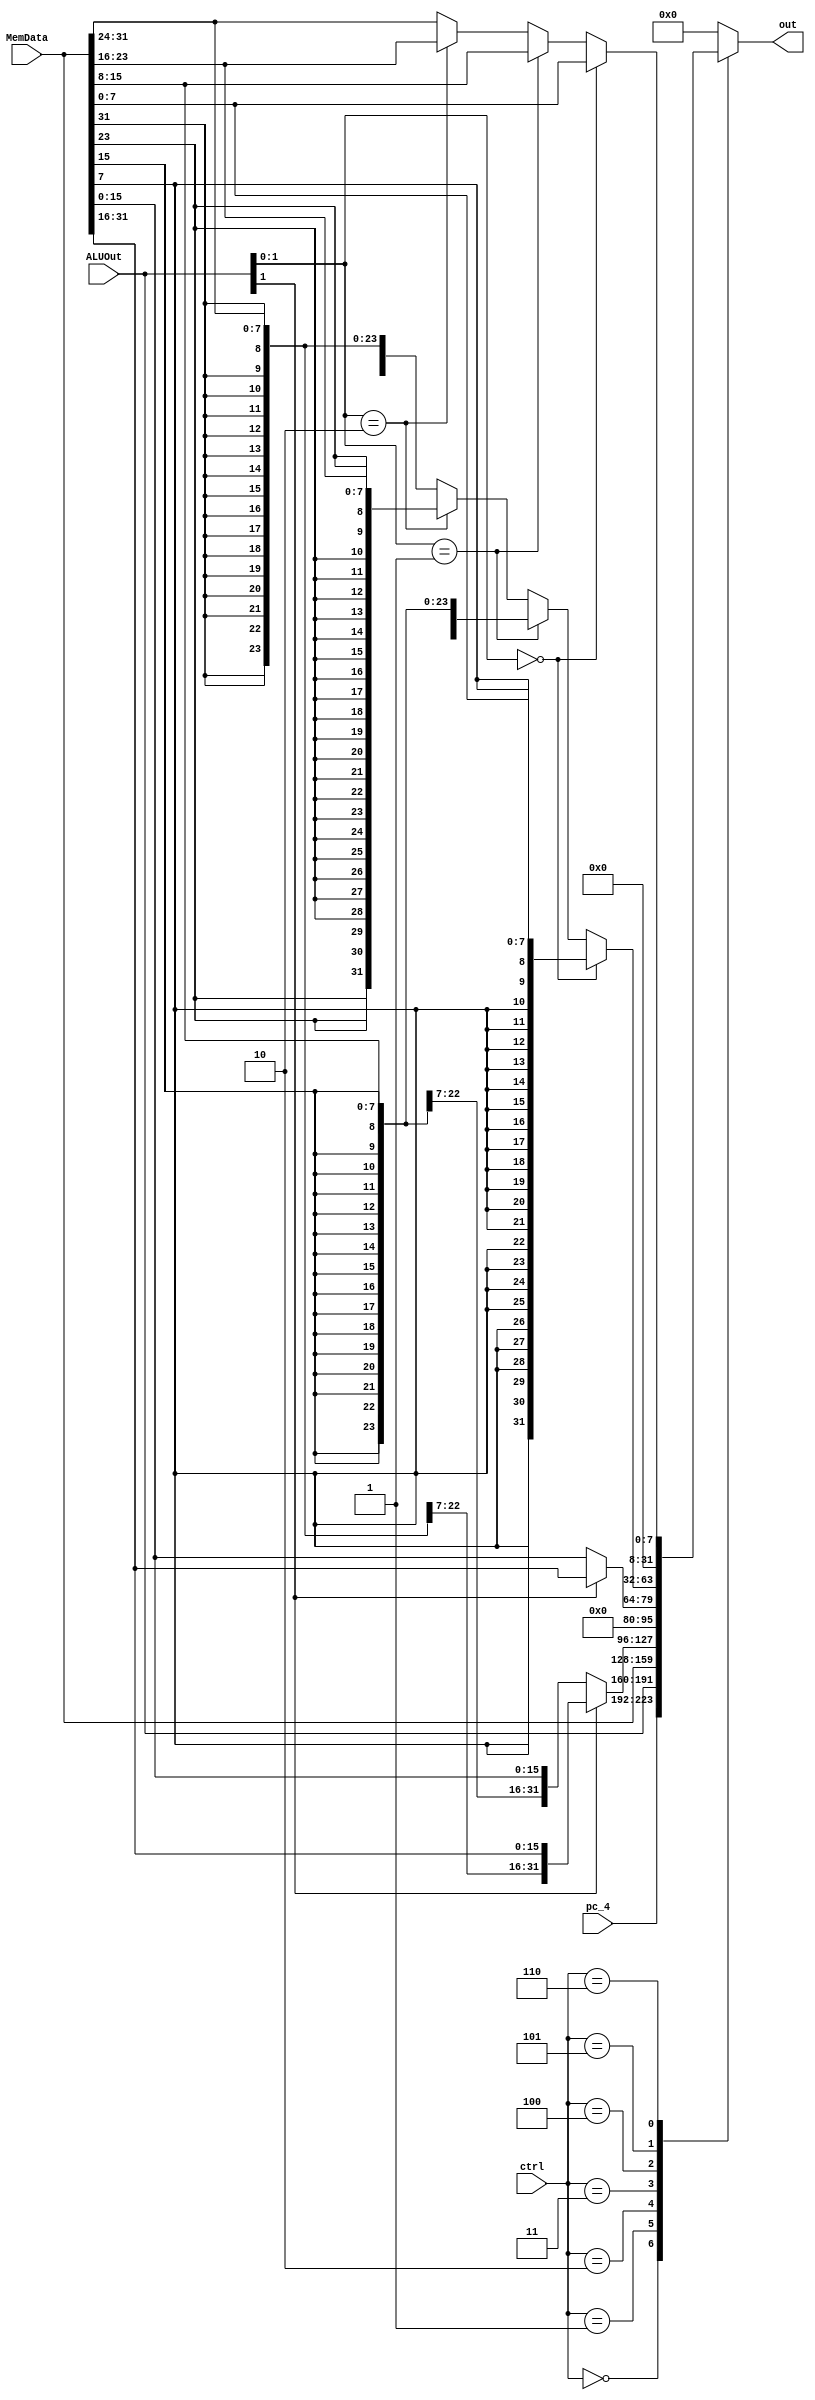
module mux_datawrite(pc_4,ALUOut,MemData,out,ctrl);
parameter width = 32;

  input [width-1:0] pc_4;
  input [width-1:0] ALUOut;
  input [width-1:0] MemData;
  input [2:0] ctrl;
  output reg [width-1:0] out;

always@(pc_4,ALUOut,MemData,ctrl)
  case(ctrl)
    3'b000:out = pc_4;
    3'b001:out = ALUOut;
    3'b010:out = MemData; //lw
    3'b011:if(ALUOut[1] == 1'b0) //lh
             out = {{16{MemData[15]}},MemData[15:0]};
           else
             out = {{16{MemData[31]}},MemData[31:16]};
    3'b100:if(ALUOut[1] == 1'b0) //lhu
             out = {16'b0,MemData[15:0]};
           else
             out = {16'b0,MemData[31:16]};
    3'b101:if(ALUOut[1:0] == 2'b00) //lb
             out = {{24{MemData[7]}},MemData[7:0]};
           else if(ALUOut[1:0] == 2'b01)
             out = {{24{MemData[15]}},MemData[15:8]};
           else if(ALUOut[1:0] == 2'b10)
             out = {{24{MemData[23]}},MemData[23:16]};
           else
             out = {{24{MemData[31]}},MemData[31:24]};
    3'b110:if(ALUOut[1:0] == 2'b00) //lbu
             out = {24'b0,MemData[7:0]};
           else if(ALUOut[1:0] == 2'b01)
             out = {24'b0,MemData[15:8]};
           else if(ALUOut[1:0] == 2'b10)
             out = {24'b0,MemData[23:16]};
           else
             out = {24'b0,MemData[31:24]};
    default:out = 32'b0;
  endcase

endmodule